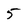
Character: 5